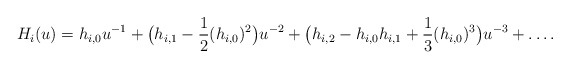
\begin{align*}H_{i}(u)=h_{i,0}u^{-1}+\big(h_{i,1}-\frac{1}{2}(h_{i,0})^2\big)u^{-2}+\big(h_{i,2}-h_{i,0}h_{i,1}+\frac{1}{3}(h_{i,0})^3\big)u^{-3}+\ldots.\end{align*}